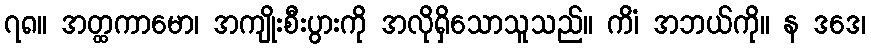
၇၈။ အတ္ထကာမော၊ အကျိုးစီးပွားကို အလိုရှိသောသူသည်။ ကိံ၊ အဘယ်ကို။ န ဒဒေ၊